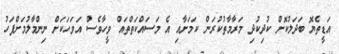
އަޑީތެޔޮ ބަދަލުކޮށް ކުދިކުދި މަރާމާތުކުރަން ކަމަށާއި އެ މަސައްކަތްތައް ވީހާވެސް އަވަހަކަށް ނިންމާލުމަށްފަހު